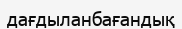
дағдыланбағандық